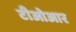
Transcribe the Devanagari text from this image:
टीओआर